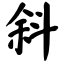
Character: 斜